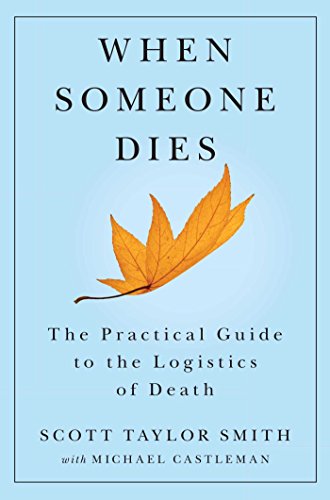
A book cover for When Someone Dies: The Practical Guide to the Logistics of Death; Scott Taylor Smith; Self-Help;